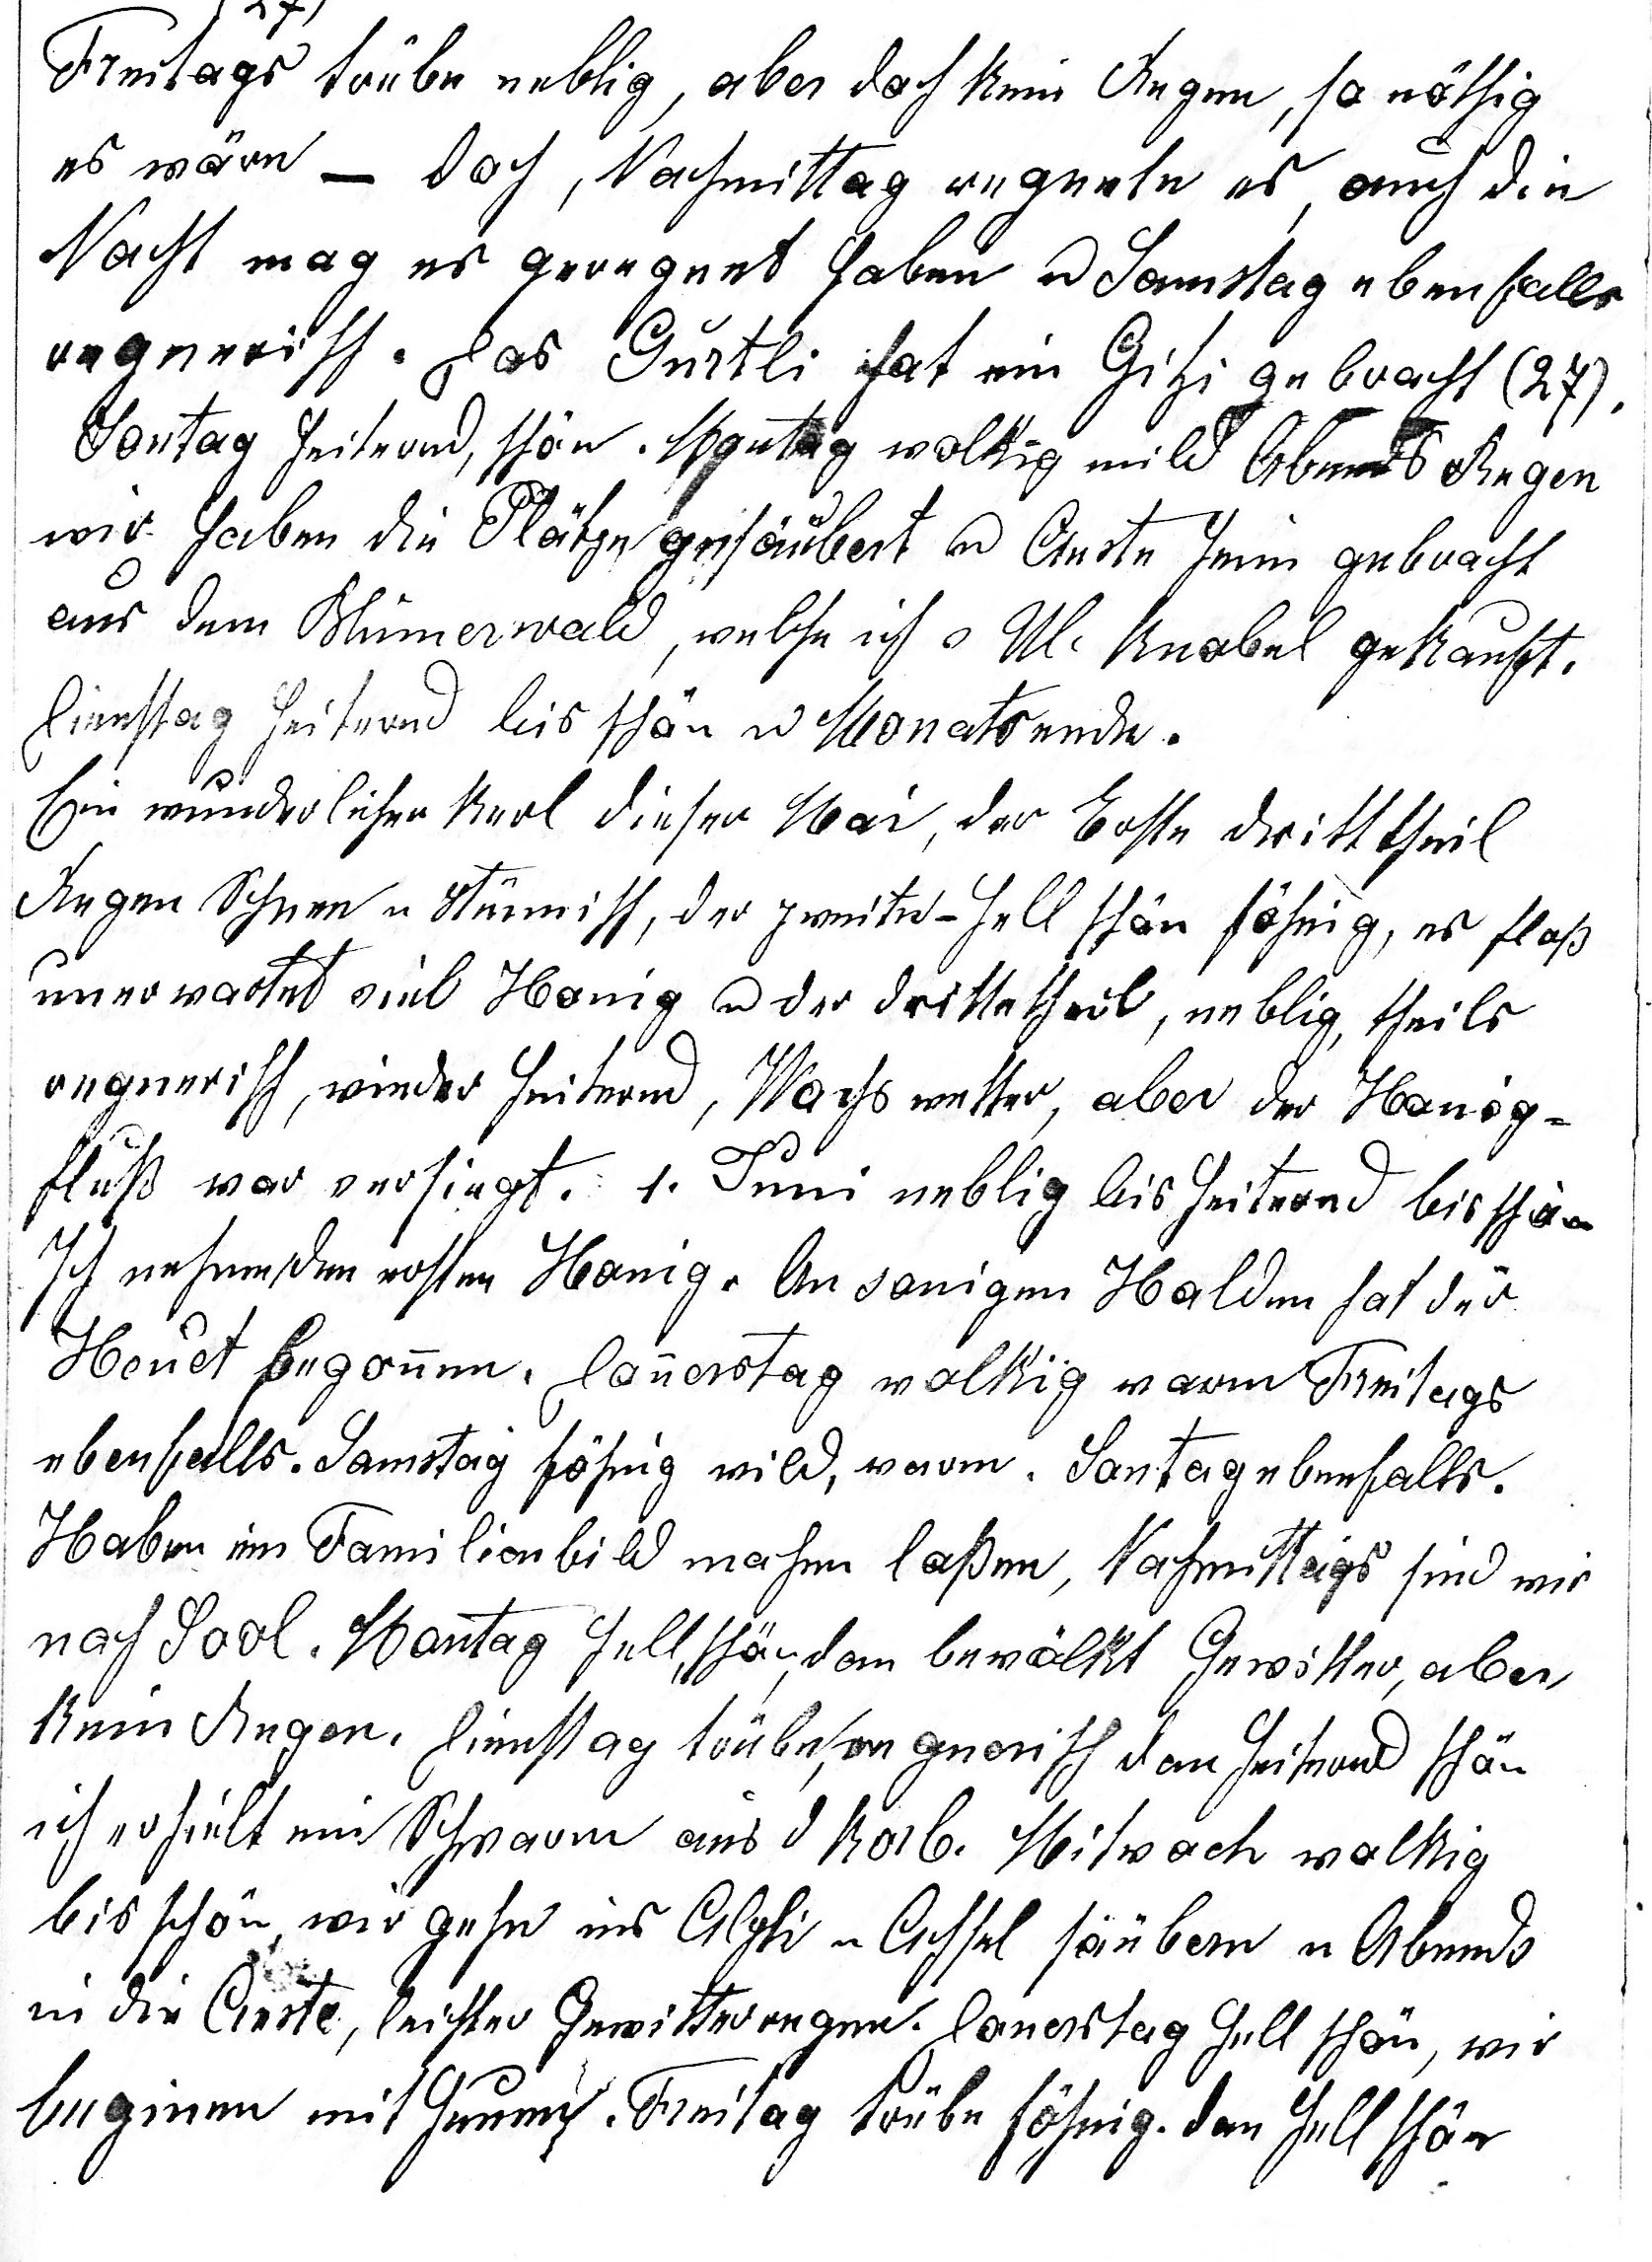
Freitags (27.) trübe neblig, aber doch kein Regen, so nöthig
es wäre — doch, Nachmittag regnete es, auch die
Nacht mag es geregnet haben u Samstag ebenfalls
regnerisch. Das Gurtli hat ein Gitzi gebracht (27.).
Sontag heiternd schön. Montag wolkig mild Abends Regen
wir haben die Plätze gesäubert u Aeste heim gebracht
aus dem Blumerwald, welche ich v. Ul. Knobel gekauft.
Dienstag heiternd bis schön u Monatsende.
Ein wunderlicher Kerl dieser Mai, der Erste drittheil
Regen Schnee u stürmisch, der zweite hell schön föhnig, es floss
unerwartet viel Honig u der drittetheil, neblig, theils
regnerisch, wieder heiternd, Wachswetter, aber der Honig
fluss war versiegt. 1. Juni neblig bis heiternd bis schön.

Ich nehme den ersten Honig. An sonnigen Halden hat der
Heuet begonnen. Donnerstag wolkig warm, Freitags
ebenfalls. Samstag föhnig, wild, warm. Sontag ebenfalls.
Haben ein Familienbild machen lassen, Nachmittags sind wir
nach Sool. Montag helle, schön, dan be¬wölkt Gewitter, aber
kein Regen. Dienstag trübe, regnerisch, dan heiternd schön
ich erhielt ein Schwarm aus d. Korb. Mitwoch wolkig
bis schön, wir gehen ins Alpli u Achsel säubern u Abends
in die Aeste, leichter Gewitterregen. Donerstag hell, schön, wir
beginen mit heuen. Freitag trübe föhnig, dan hell schön.